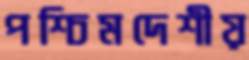
পশ্চিমদেশীয়